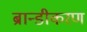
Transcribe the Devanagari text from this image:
ब्रान्डीकरण